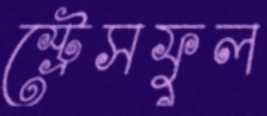
স্ট্রেসফুল